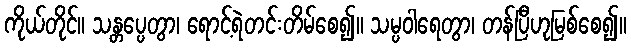
ကိုယ်တိုင်။ သန္တပ္ပေတွာ၊ ရောင့်ရဲတင်းတိမ်စေ၍။ သမ္ပဝါရေတွာ၊ တန်ပြီဟုမြစ်စေ၍။